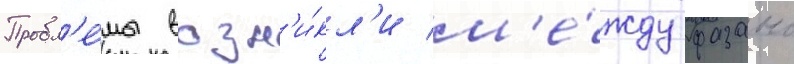
Пробл'е́мы возн'и́кл'и м'е́жду фазано